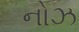
નોઝ